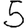
Digit: 5